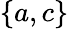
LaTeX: \{ a,c\}